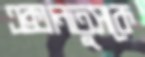
এক্সানতুসকে